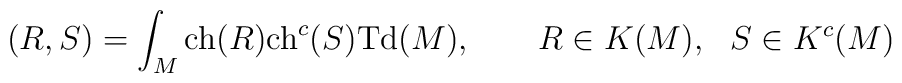
(R,S) = \int_M {\rm ch}(R) {\rm ch}^c(S) {\rm Td}(M), \qquad R \in K(M),~~S \in K^c(M)